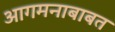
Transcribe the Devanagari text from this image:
आगमनाबाबत